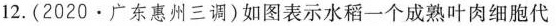
12.(2020·广东惠州三调)如图表示水稻一个成熟叶肉细胞代